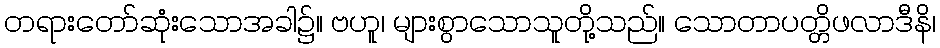
တရားတော်ဆုံးသောအခါ၌။ ဗဟူ၊ များစွာသောသူတို့သည်။ သောတာပတ္တိဖလာဒီနိ၊